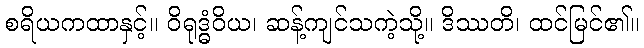
စရိယကထာနှင့်။ ဝိရုဒ္ဓံဝိယ၊ ဆန့်ကျင်သကဲ့သို့။ ဒိဿတိ၊ ထင်မြင်၏။